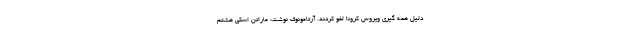
دلیل همه گیری ویروس کرونا لغو کردند. آرتامونوف نوشت: ماراتن اسکی هشتم